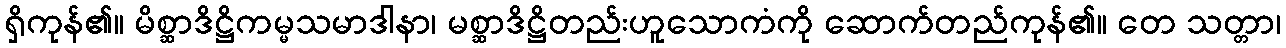
ရှိကုန်၏။ မိစ္ဆာဒိဋ္ဌိကမ္မသမာဒါနာ၊ မစ္ဆာဒိဋ္ဌိတည်းဟူသောကံကို ဆောက်တည်ကုန်၏။ တေ သတ္တာ၊